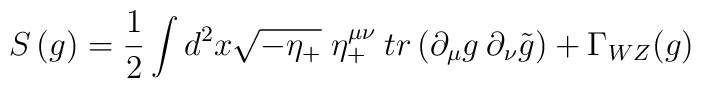
S\,(g)={\frac{1}{2}}\int d^2 x \sqrt{-\eta_+}\;\eta_+^{\mu\nu}\:tr\left(\partial_\mu g\:\partial_\nu \tilde g\right)+\Gamma_{WZ}(g)